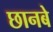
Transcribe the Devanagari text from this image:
छानबे